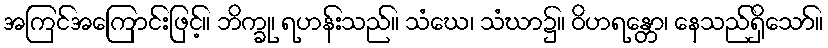
အကြင်အကြောင်းဖြင့်။ ဘိက္ခု၊ ရဟန်းသည်။ သံဃေ၊ သံဃာ၌။ ဝိဟရန္တော၊ နေသည်ရှိသော်။